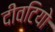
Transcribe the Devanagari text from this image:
दीवटियो